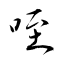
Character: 咥